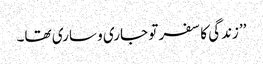
’’زندگی کا سفر تو جاری و ساری تھا۔